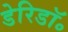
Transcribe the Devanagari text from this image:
डेरिडॉ॰